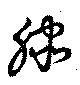
滕